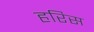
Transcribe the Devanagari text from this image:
हरिस